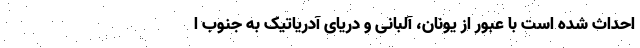
احداث شده است با عبور از یونان، آلبانی و دریای آدریاتیک به جنوب ا